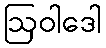
ဩဝါဒေါ